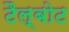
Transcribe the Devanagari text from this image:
टैल्बोट